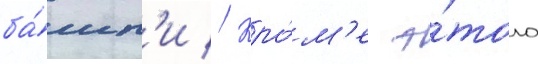
ба́шн'и // Кро́м'е э́того